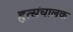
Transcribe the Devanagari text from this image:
हृत्संचालक